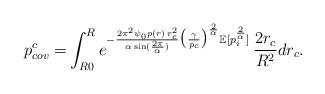
LaTeX: \begin{align*}p_{cov}^{c} = & \int^{R}_{R0}e^{-\frac{2\pi^2 \psi_0 p(r)\,r^{2}_{c}}{\alpha \sin(\frac{2 \pi}{\alpha})} \big(\frac{\gamma}{ p_{c}}\big)^{\frac{2}{\alpha}} \mathbb{E}[{p^{\frac{2}{\alpha}}_{i}}] }\,\frac{2 r_{c}}{R^{2}} dr_{c}.\end{align*}